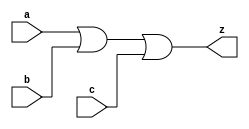
//#############################################################################
//# Function: 3 Input Or Gate                                                 #
//#                                                                           #
//# Copyright: OH Project Authors. All rights Reserved.                       #
//# License:  MIT (see LICENSE file in OH repository)                         # 
//#############################################################################

module oh_or3 #(parameter DW = 1 ) // array width
   (
    input [DW-1:0]  a,
    input [DW-1:0]  b,
    input [DW-1:0]  c,
    output [DW-1:0] z
    );
   
   assign z = a | b | c ;
   
endmodule